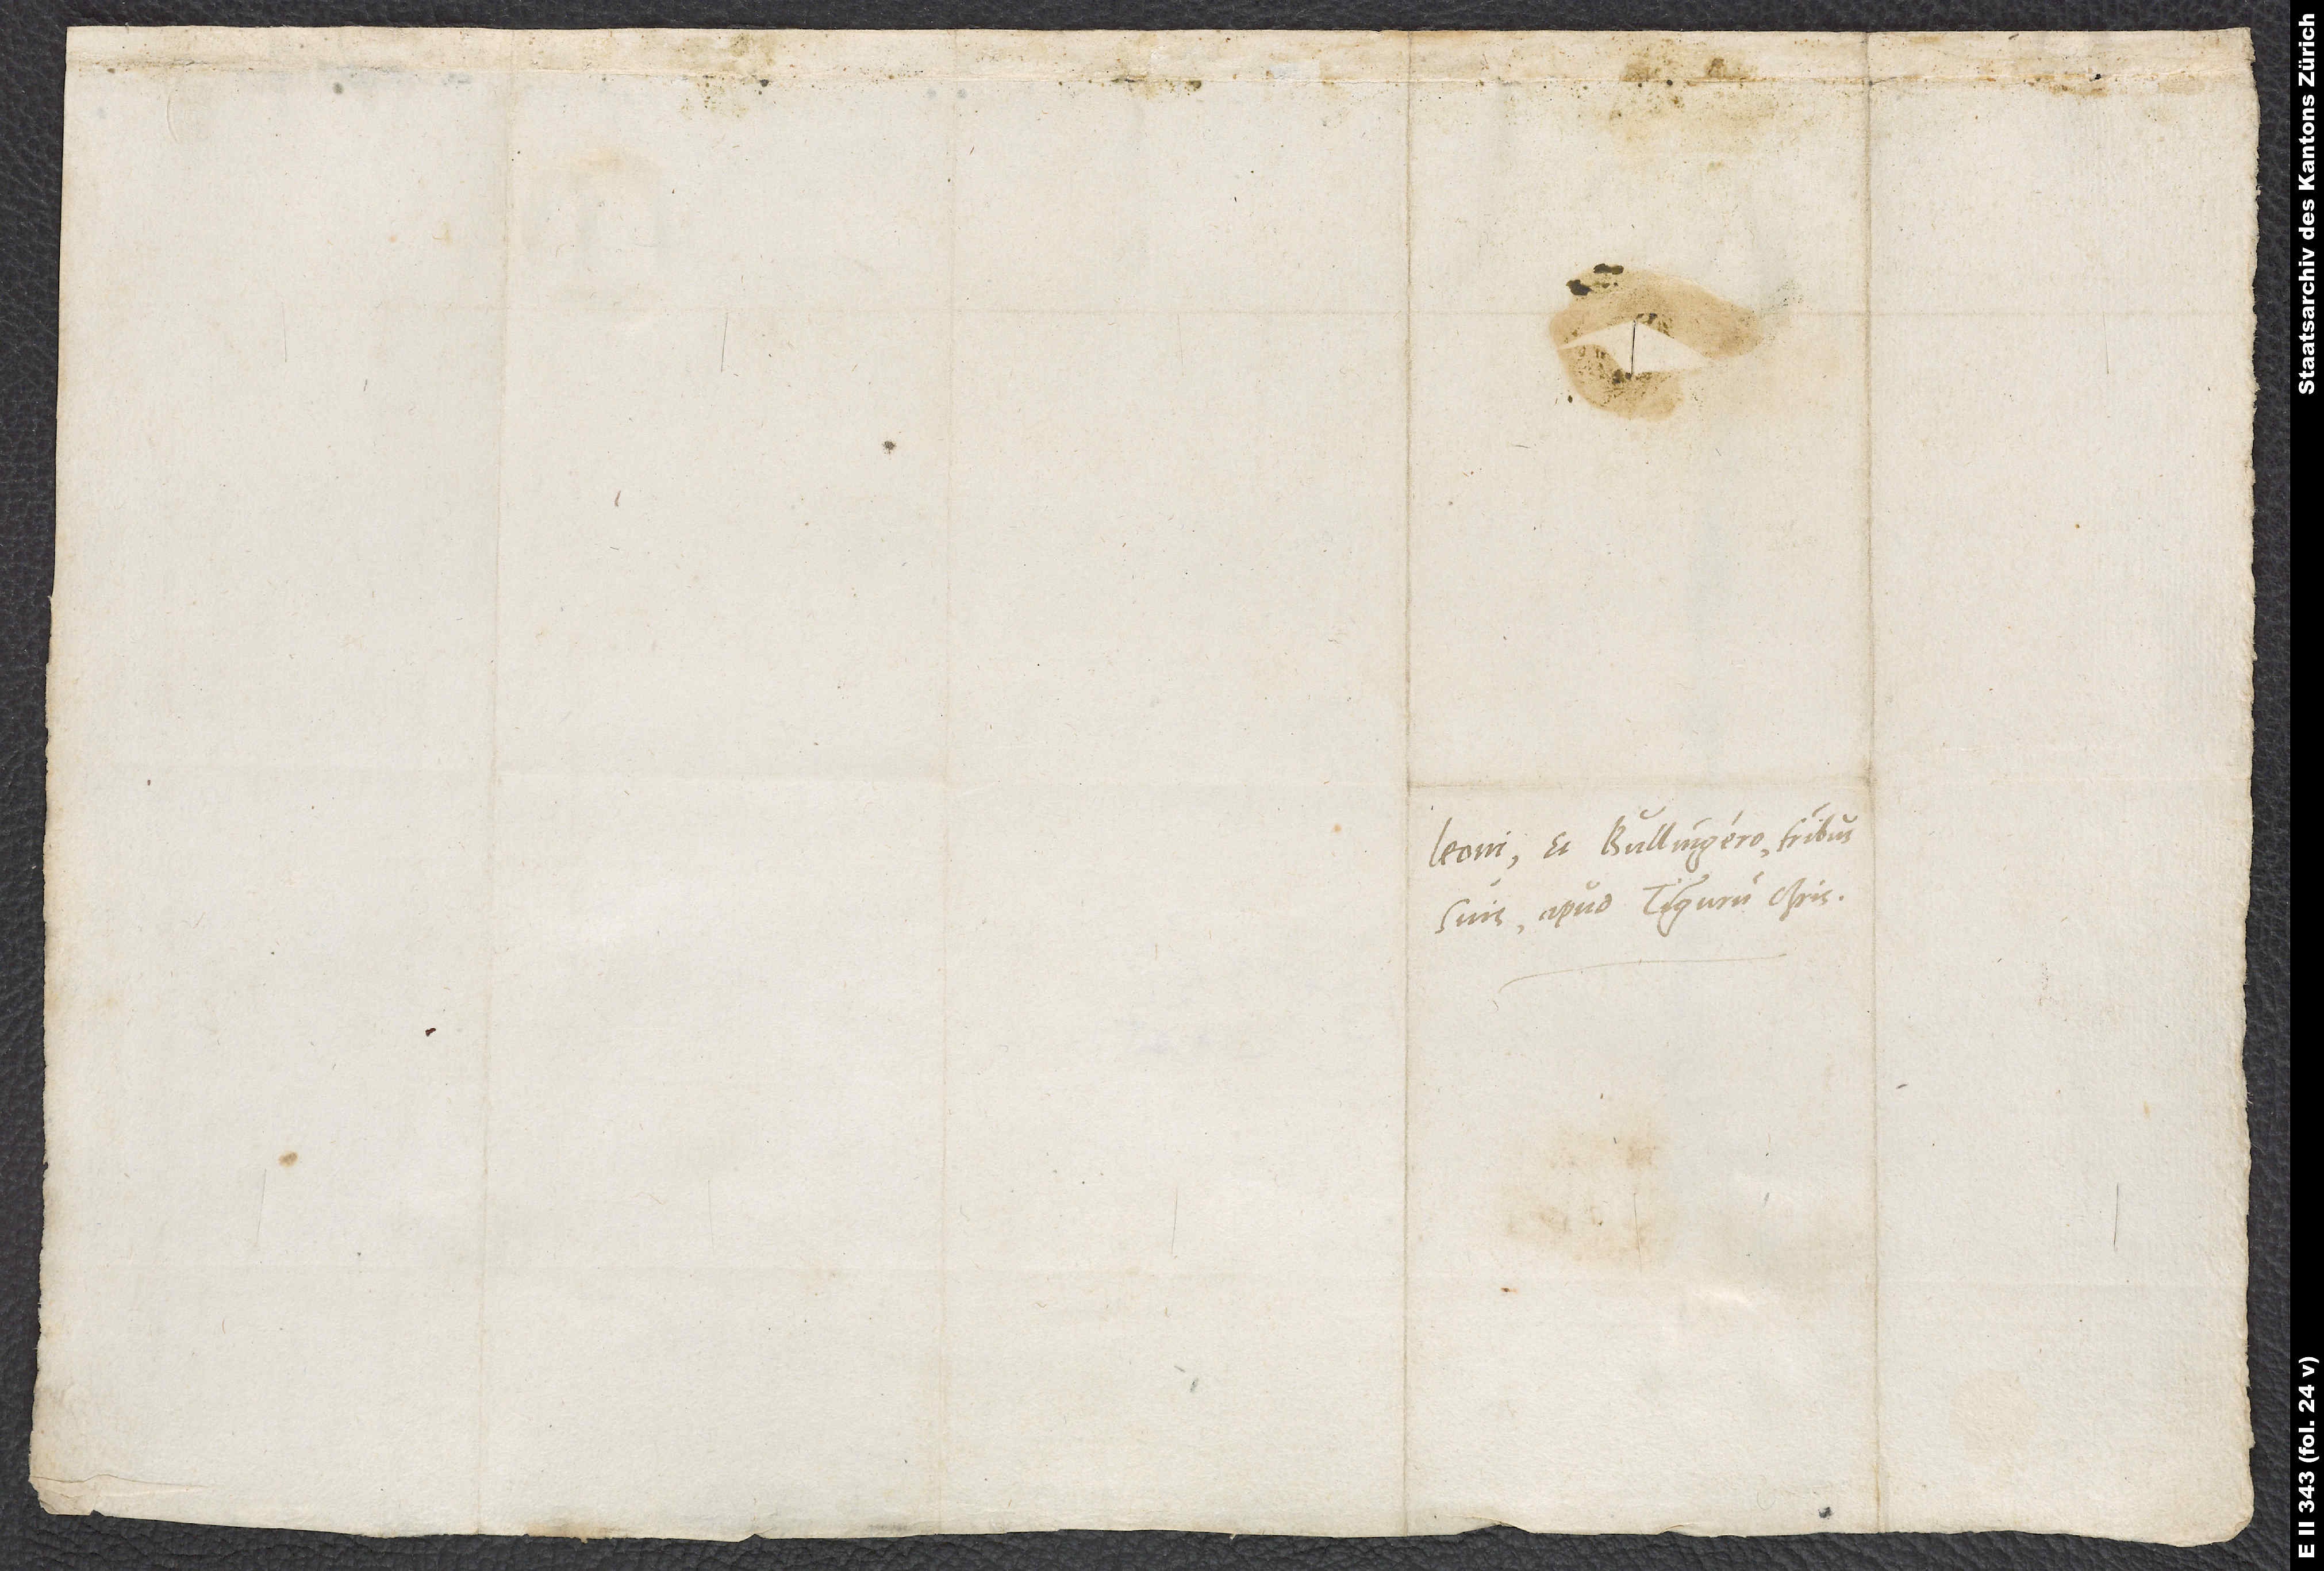
Leoni et Bullingero, fratribus
suis apud Tigurum charissimis.